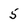
Character: 5